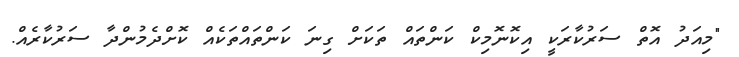
"މިއަދު އޮތް ސަރުކާރަކީ އިކޮނޮމިކް ކަންތައް ތަކަށް ގިނަ ކަންތައްތަކެއް ކޮށްދެމުންދާ ސަރުކާރެއް.